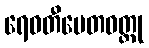
ရေဝတီပေတဝတ္ထု